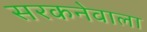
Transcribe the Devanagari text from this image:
सरकनेवाला